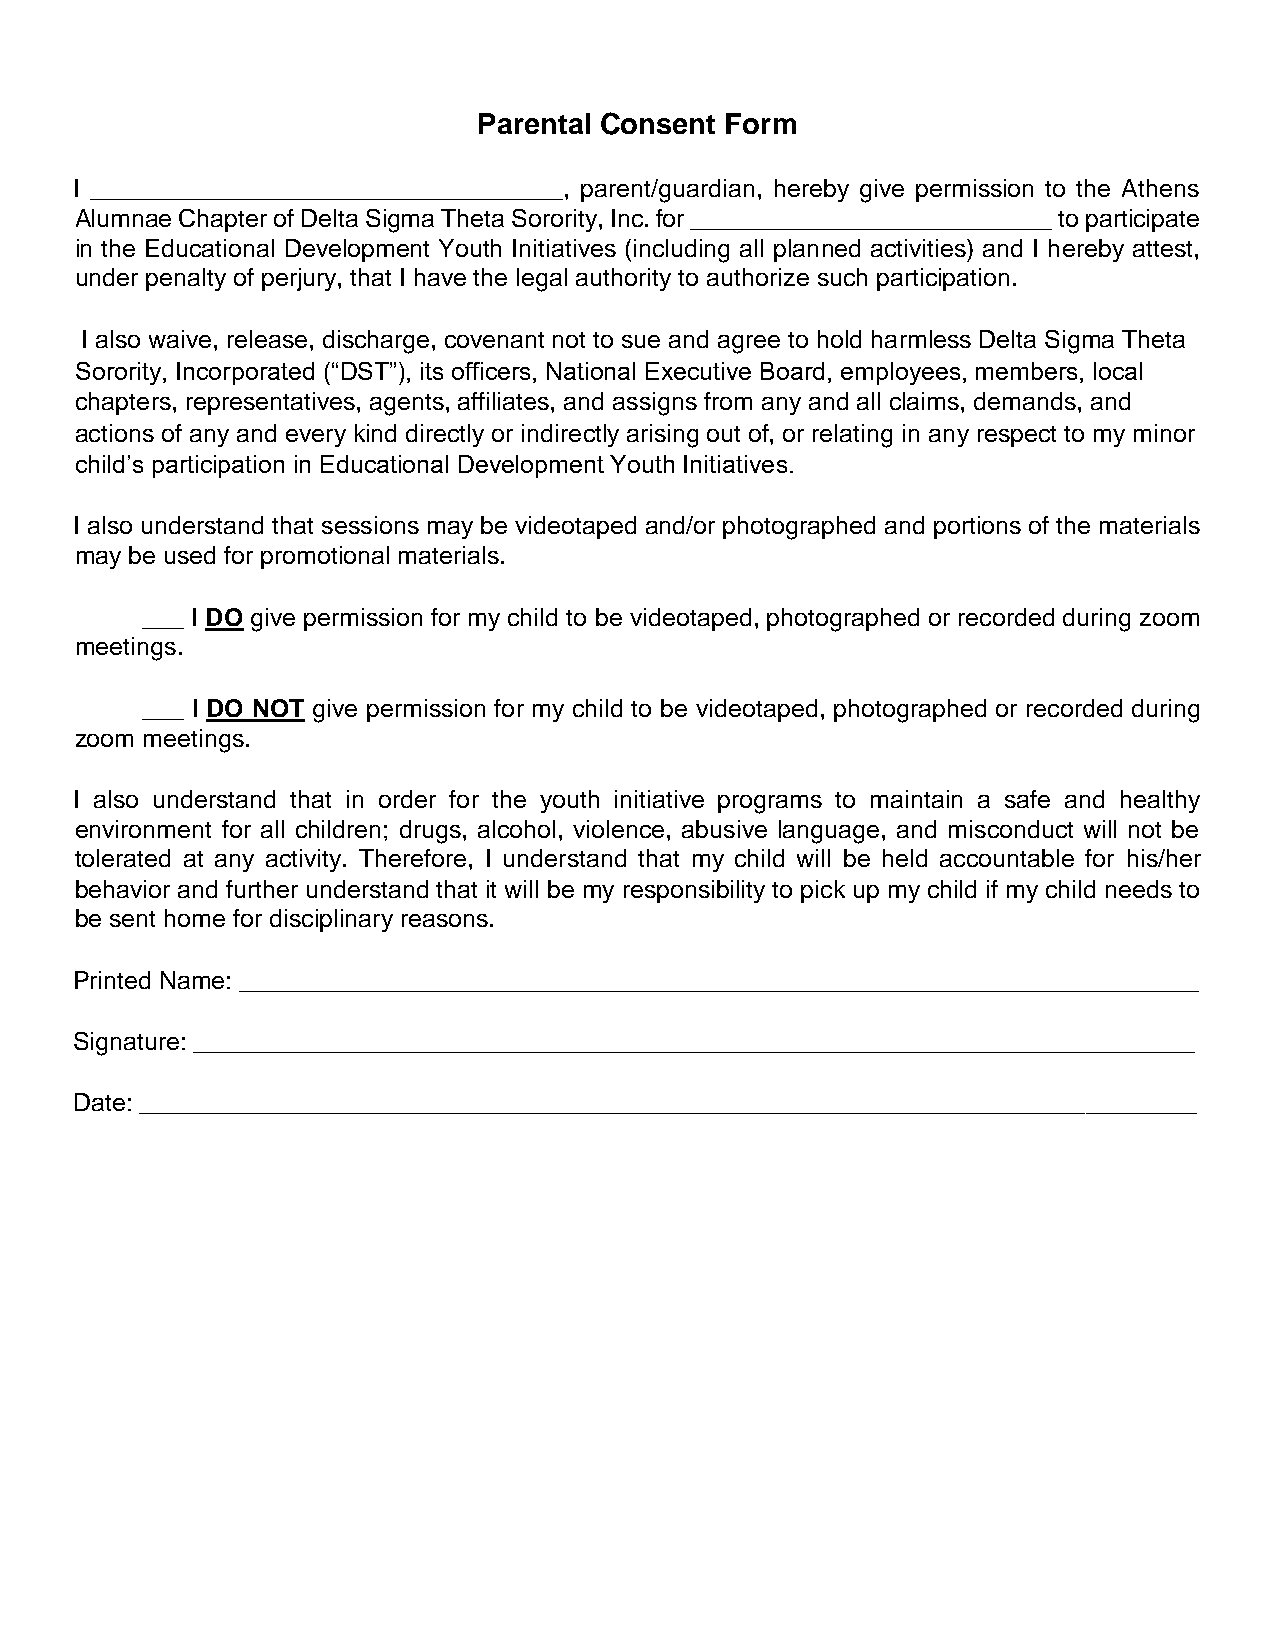
Parental Consent Form
 I __________________________________, parent/guardian, hereby give permission to the Athens
 Alumnae Chapter of Delta Sigma Theta Sorority, Inc. for __________________________ to participate
 in the Educational Development Youth Initiatives (including all planned activities) and I hereby attest,
 under penalty of perjury, that I have the legal authority to authorize such participation.
 I also waive, release, discharge, covenant not to sue and agree to hold harmless Delta Sigma Theta
 Sorority, Incorporated (“DST”), its officers, National Executive Board, employees, members, local
 chapters, representatives, agents, affiliates, and assigns from any and all claims, demands, and
 actions of any and every kind directly or indirectly arising out of, or relating in any respect to my minor
 child’s participation in Educational Development Youth Initiatives.
 I also understand that sessions may be videotaped and/or photographed and portions of the materials
 may be used for promotional materials.
 ___ I DO give permission for my child to be videotaped, photographed or recorded during zoom
 meetings.
 ___ I DO NOT give permission for my child to be videotaped, photographed or recorded during
 zoom meetings.
 I also understand that in order for the youth initiative programs to maintain a safe and healthy
 environment for all children; drugs, alcohol, violence, abusive language, and misconduct will not be
 tolerated at any activity. Therefore, I understand that my child will be held accountable for his/her
 behavior and further understand that it will be my responsibility to pick up my child if my child needs to
 be sent home for disciplinary reasons.
 Printed Name: _____________________________________________________________________
 Signature: ________________________________________________________________________
 Date: ____________________________________________________________________________